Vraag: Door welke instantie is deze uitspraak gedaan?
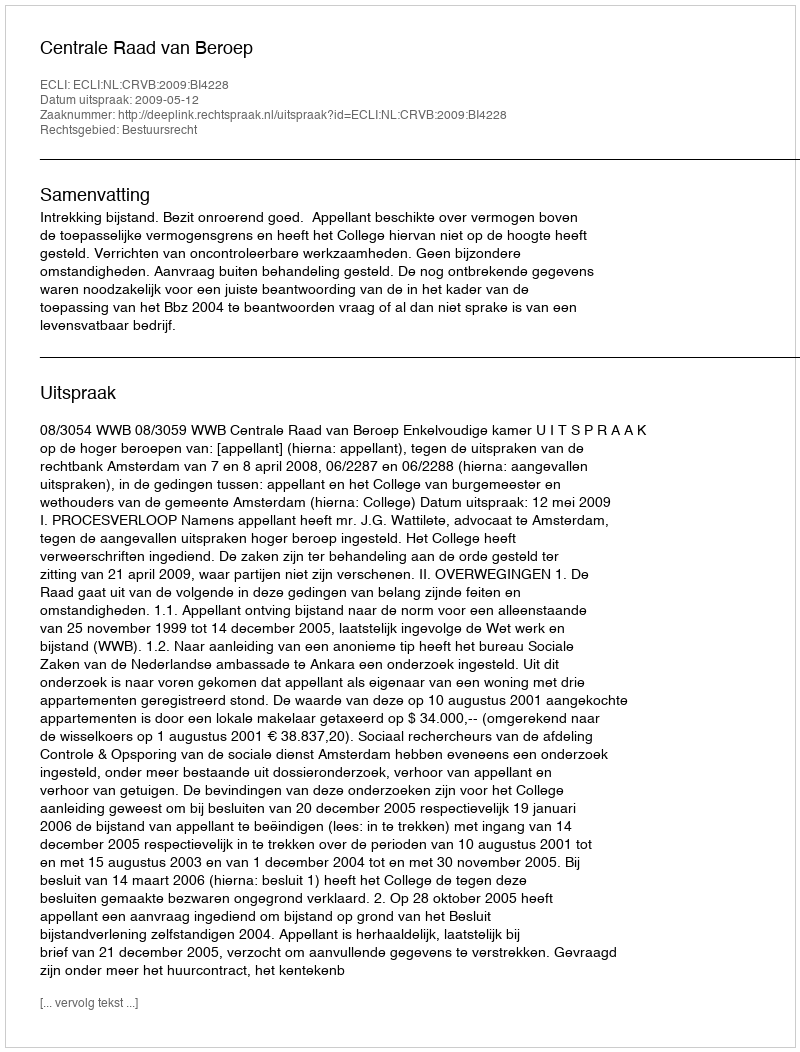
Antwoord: Centrale Raad van Beroep